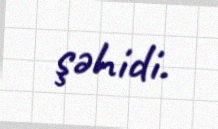
şəhidi.